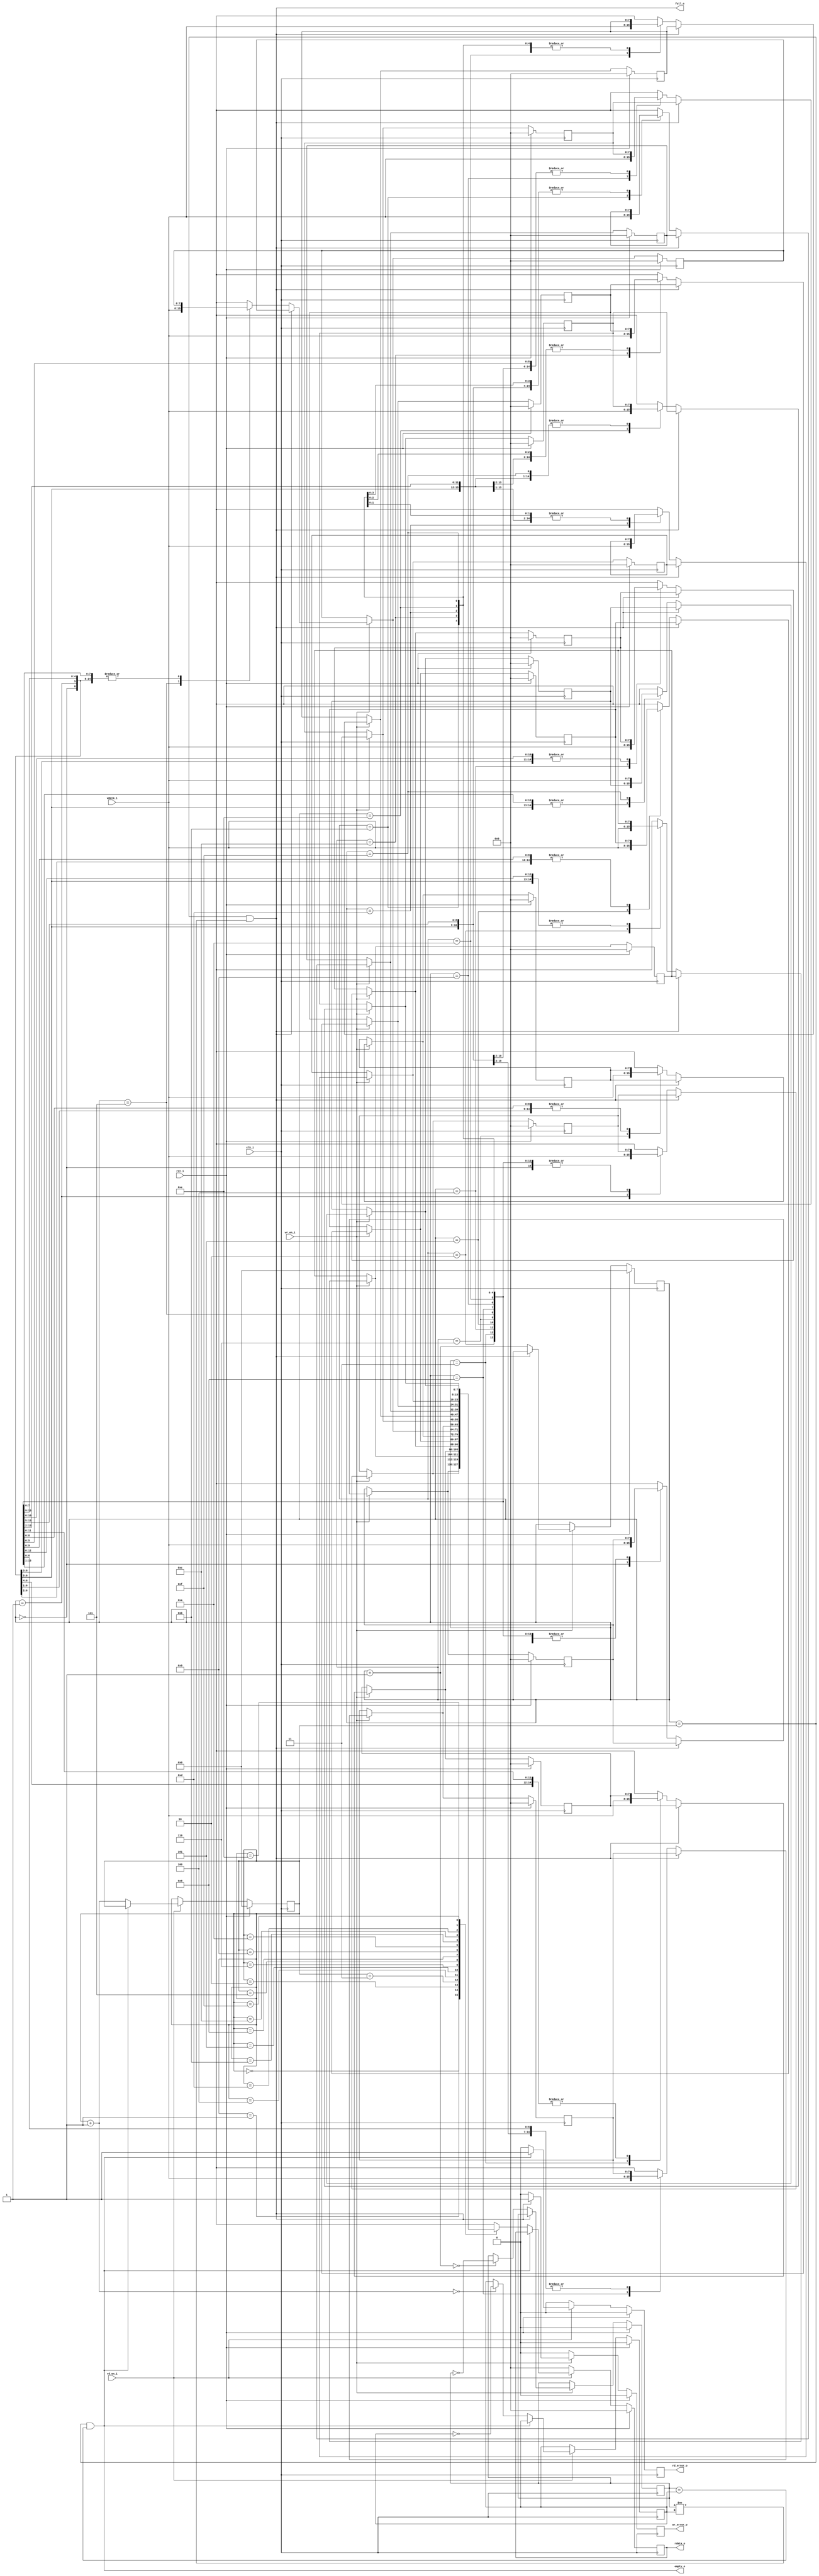
module fifomemory(clk_i,rst_i,wr_en_i,wdata_i,rd_en_i,rdata_o,full_o,empty_o,wr_error_o,rd_error_o);
parameter DEPTH=16;
parameter PTR_WIDTH=$clog2(DEPTH);
parameter WIDTH=8;
input clk_i,rst_i;
input wr_en_i,rd_en_i;
input [WIDTH-1:0]wdata_i;
output reg [WIDTH-1:0]rdata_o;
output reg wr_error_o,rd_error_o;
output reg full_o,empty_o;
reg [WIDTH-1:0]mem[DEPTH-1:0];
reg [PTR_WIDTH-1:0]wr_ptr;
reg [PTR_WIDTH-1:0]rd_ptr;
reg wr_toggle_f,rd_toggle_f;
integer i;
always @(posedge clk_i)begin
	if(rst_i==1)begin
		rdata_o=0;
		wr_error_o=0;
		rd_error_o=0;
		wr_ptr=0;
		rd_ptr=0;
		wr_toggle_f=0;
		rd_toggle_f=0;
		for(i=0;i<DEPTH;i=i+1)
			mem[i]=0;
	end
	else begin
		wr_error_o=0;
		rd_error_o=0;
		if(wr_en_i==1)begin
			if(full_o==1)begin
				wr_error_o=1;
			end
			else begin
				//wr_error_o=0;
				mem[wr_ptr]=wdata_i;
				wr_ptr=wr_ptr+1;
				if(wr_ptr==0) wr_toggle_f = ~wr_toggle_f;
			end
		end
		if(rd_en_i==1)begin
			if(empty_o==1)begin
				rd_error_o=1;
			end
			else begin
				//rd_error_o=0;
				rdata_o=mem[rd_ptr];
				rd_ptr=rd_ptr+1;
				if(rd_ptr==0) rd_toggle_f = ~rd_toggle_f;
			end
		end
		else 
			rdata_o=0;
	end
end
assign full_o=(wr_ptr == rd_ptr) && (wr_toggle_f != rd_toggle_f);
assign empty_o=(wr_ptr == rd_ptr) && (wr_toggle_f == rd_toggle_f);
endmodule